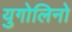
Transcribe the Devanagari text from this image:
युगोलिनो